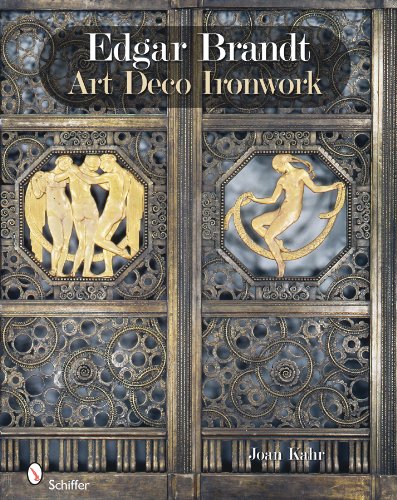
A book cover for Edgar Brandt Art Deco Ironwork; Joan Kahr; Crafts, Hobbies & Home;